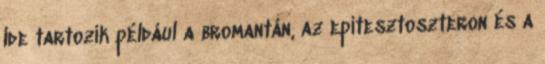
Ide tartozik például a bromantán, az epitesztoszteron és a